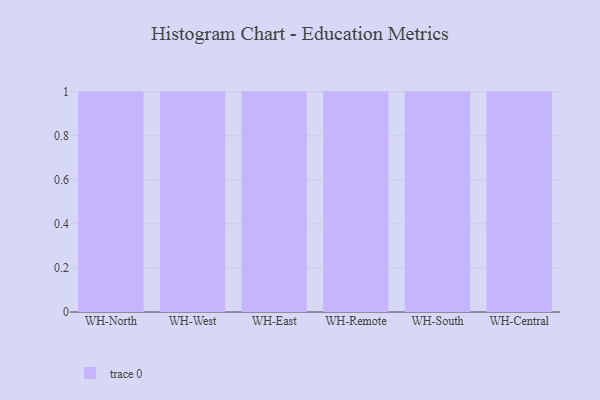
{"axis": {"x": "Warehouse", "y": "Operating Costs (USD K)"}, "legend": [""], "data": [{"x": "WH-North", "y": 34, "type": ""}, {"x": "WH-West", "y": 89, "type": ""}, {"x": "WH-East", "y": 19, "type": ""}, {"x": "WH-Remote", "y": 68, "type": ""}, {"x": "WH-South", "y": 54, "type": ""}, {"x": "WH-Central", "y": 24, "type": ""}]}